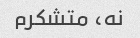
نه، متشکرم